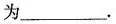
为___。